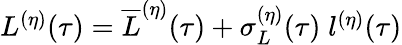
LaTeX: \begin{array}{r}{L^{(\eta)}(\tau)=\overline{{L}}^{(\eta)}(\tau)+\sigma_{L}^{(\eta)}(\tau)\; l^{(\eta)}(\tau)}\end{array}